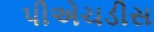
પીએચડીસ